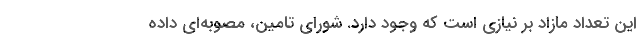
این تعداد مازاد بر نیازی است که وجود دارد. شورای تامین، مصوبه‌ای داده